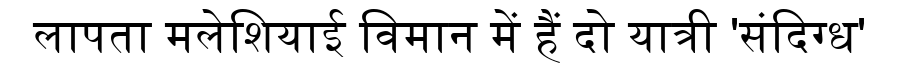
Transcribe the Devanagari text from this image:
लापता मलेशियाई विमान में हैं दो यात्री 'संदिग्ध'